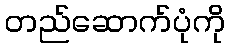
တည်ဆောက်ပုံကို